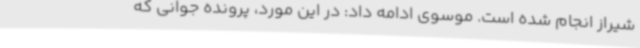
شیراز انجام شده است. موسوی ادامه داد: در این مورد، پرونده جوانی که